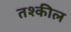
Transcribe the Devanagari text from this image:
तश्कील